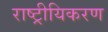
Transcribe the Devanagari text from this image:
राष्ट्रीयिकरण